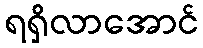
ရရှိလာအောင်